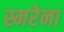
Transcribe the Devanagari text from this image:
स्मरेना